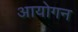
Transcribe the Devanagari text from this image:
आयोगन